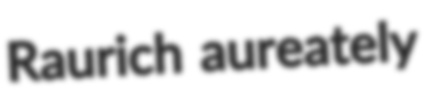
Raurich aureately